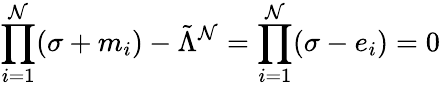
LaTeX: \prod_{i=1}^{\mathcal{N}}(\sigma+m_{i})-\tilde{{\Lambda}}^{\mathcal{N}}=\prod_{i=1}^{\mathcal{N}}(\sigma-e_{i})=0